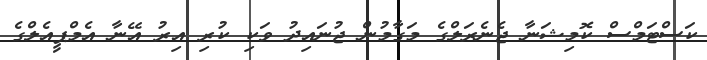
ކަސްޓަމްސް ކޮމިޝަނާ ޖެނެރަލްގެ މަގާމުން ޖުނައިދު ވަކި ކުރި އިރު އޭނާ އެމްޕީއެލްގެ